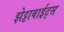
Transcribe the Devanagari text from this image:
झेट्टाबाईट्स